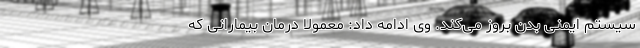
سیستم ایمنی بدن بروز می‌کند. وی ادامه داد: معمولا درمان بیمارانی که